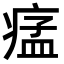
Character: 𤷪